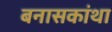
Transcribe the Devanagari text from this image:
बनासकांथा